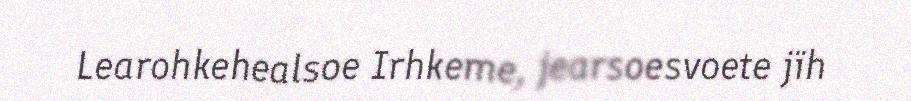
Learohkehealsoe Irhkeme, jearsoesvoete jïh